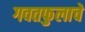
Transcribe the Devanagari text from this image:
गवतफुलाचे